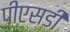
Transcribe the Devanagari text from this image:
पीएसडी